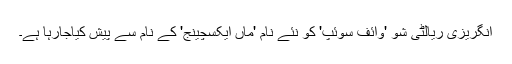
انگریزی ریالٹی شو 'وائف سوئپ' کو نئے نام 'ماں ایکسچینج' کے نام سے پیش کیاجارہا ہے۔